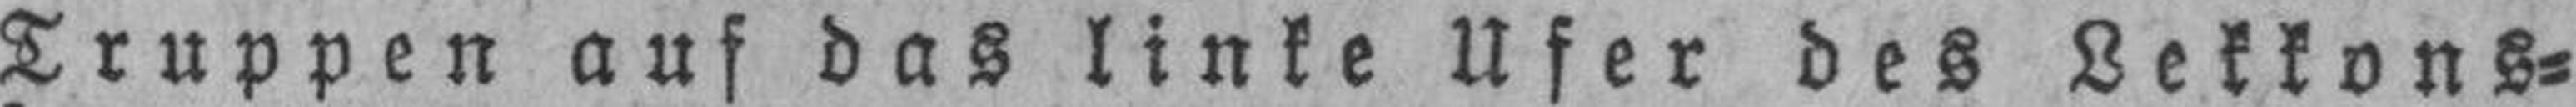
Truppen auf das linke Ufer des Lekkons¬